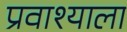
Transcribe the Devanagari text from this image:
प्रवाश्याला